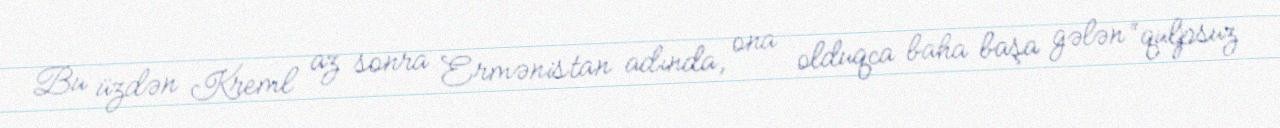
Bu üzdən Kreml az sonra Ermənistan adında, ona olduqca baha başa gələn “qulpsuz